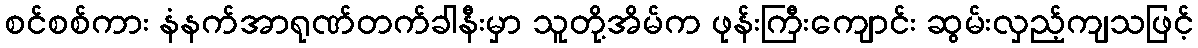
စင်စစ်ကား နံနက်အာရုဏ်တက်ခါနီးမှာ သူတို့အိမ်က ဖုန်းကြီးကျောင်း ဆွမ်းလှည့်ကျသဖြင့်